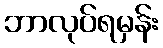
ဘာလုပ်ရမှန်း